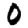
Digit: 0